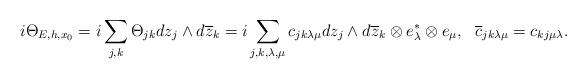
LaTeX: \begin{align*} i\Theta_{E,h,x_0}=i\sum_{j,k}\Theta_{jk}dz_j\wedge d\overline{z}_k=i\sum_{j,k,\lambda,\mu}c_{jk\lambda\mu}dz_j\wedge d\overline{z}_k\otimes e^*_\lambda\otimes e_\mu,~\,\, \overline{c}_{jk\lambda\mu}=c_{kj\mu\lambda}.\end{align*}